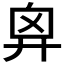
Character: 𢍄